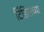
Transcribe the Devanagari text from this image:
टिंडिलच्या